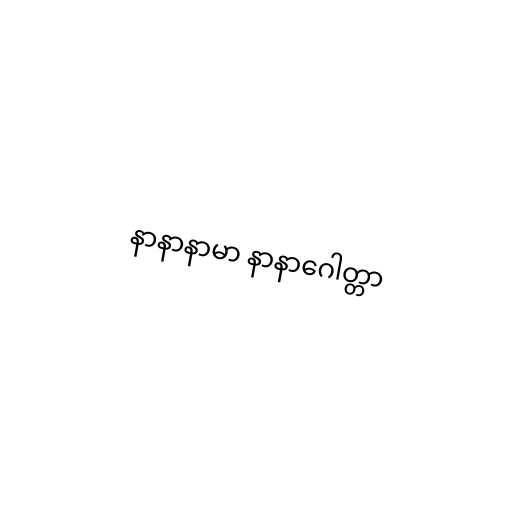
နာနာနာမာ နာနာဂေါတ္တာ